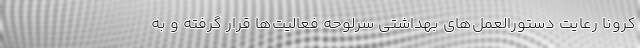
کرونا رعایت دستورالعمل‌های بهداشتی سرلوحه فعالیت‌ها قرار گرفته و به